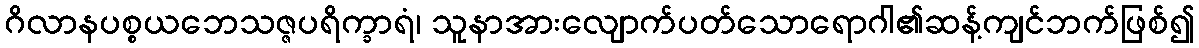
ဂိလာနပစ္စယဘေသဇ္ဇပရိက္ခာရံ၊ သူနာအားလျောက်ပတ်သောရောဂါ၏ဆန့်ကျင်ဘက်ဖြစ်၍